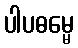
ပါပဓမ္မေ